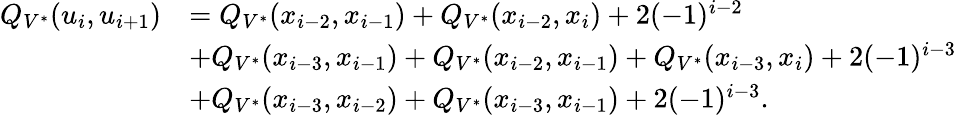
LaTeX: \begin{array}{rl}{Q_{V^{*}}(u_{i},u_{i+1})}&{=Q_{V^{*}}(x_{i-2},x_{i-1})+Q_{V^{*}}(x_{i-2},x_{i})+2(-1)^{i-2}}\\ &{+Q_{V^{*}}(x_{i-3},x_{i-1})+Q_{V^{*}}(x_{i-2},x_{i-1})+Q_{V^{*}}(x_{i-3},x_{i})+2(-1)^{i-3}}\\ &{+Q_{V^{*}}(x_{i-3},x_{i-2})+Q_{V^{*}}(x_{i-3},x_{i-1})+2(-1)^{i-3}.}\end{array}